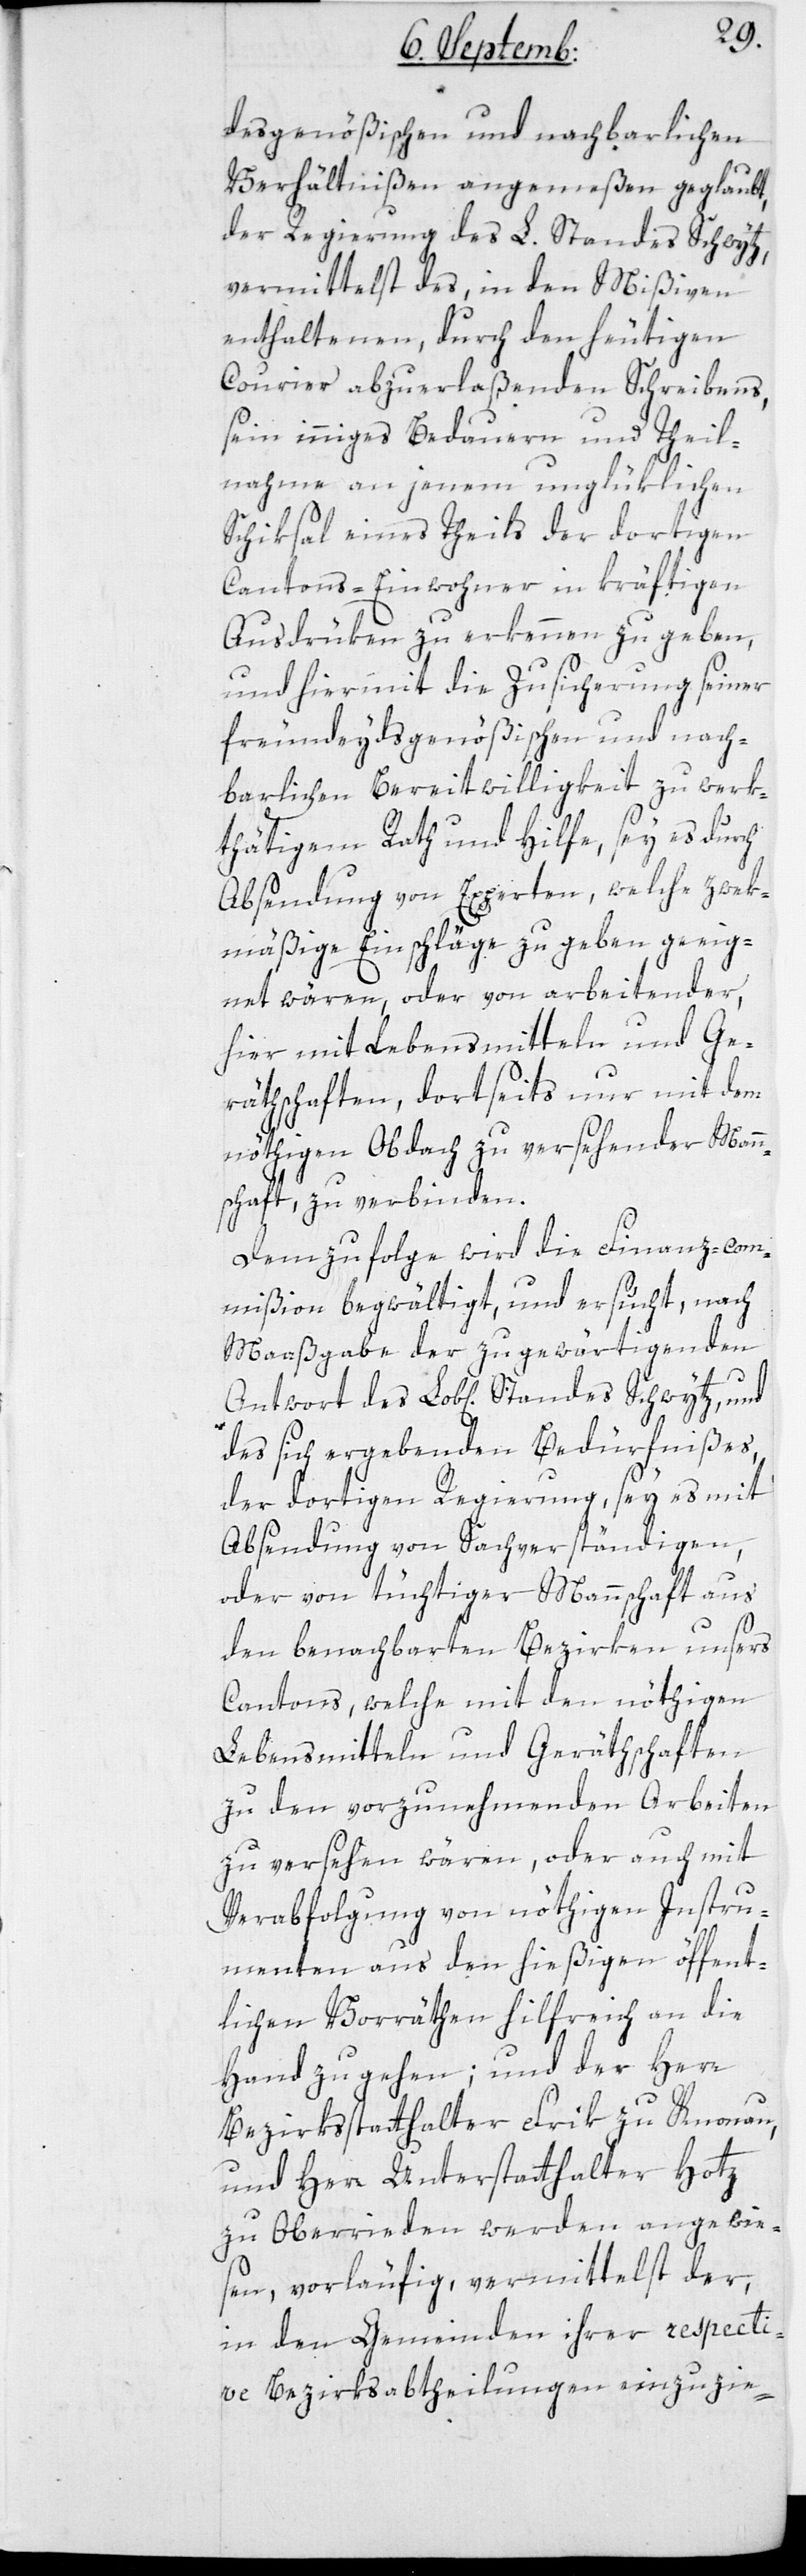
desgenößischen und nachbarlichen
Verhältnißen angemeßen geglaubt,
der Regierung des L. Standes Schwytz,
vermittelst des in den Mißiven
enthaltenen, durch den heutigen
Courier abzuerlaßenden Schreibens,
sein inniges Bedauern und Theil¬
nahme an jenem unglüklichen
Schiksal eines Teils der dortigen
Cantons-Einwohner in kräftigen
Ausdrüken zu erkennen zu geben,
und hiermit die Zusicherung seiner
freundeydsgenößischen und nach¬
barlichen Bereitwilligkeit zu werk¬
thätigem Rath und Hilfe, sey es durch
Absendung von Experten, welche zwek¬
mäßige Einschläge zu geben geeig¬
net wären, oder von arbeitender,
hier mit Lebensmitteln und Ge¬
räthschaften, dortseits nur mit dem
nöthigen Obdach zu versehender Mann¬
schaft, zu verbinden.
Demzufolge wird die Finanz-Com¬
mißion begwältigt und ersucht, nach
Maaßgabe der zu gewärtigenden
Antwort des Lobl. Standes Schwytz und
des sich ergebenden Bedürfnißes,
der dortigen Regierung, sey es mit
Absendung von Sachverständigen,
oder von tüchtiger Mannschaft aus
den benachbarten Bezirken unsers
Cantons, welche mit den nöthigen
Lebensmitteln und Geräthschaften
zu den vorzunehmenden Arbeiten
zu versehen wären, oder auch mit
Verabfolgung von nöthigen Instru¬
menten aus den hießigen öffent¬
lichen Vorräthen hilfreich an die
Hand zu gehen; und der Herr
Bezirksstatthalter Frik zu Knonau
und Herr Unterstatthalter Hotz
zu Oberrieden werden angewie¬
sen, vorläufig, vermittelst der
in den Gemeinden ihrer respecti¬
ve Bezirksabtheilungen einzuzie-